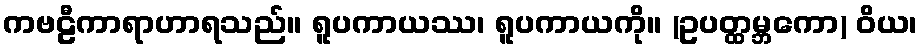
ကဗဠီကာရာဟာရသည်။ ရူပကာယဿ၊ ရူပကာယကို။ (ဥပတ္ထမ္ဘကော) ဝိယ၊